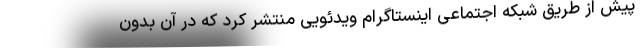
پیش از طریق شبکه اجتماعی اینستاگرام ویدئویی منتشر کرد که در آن بدون